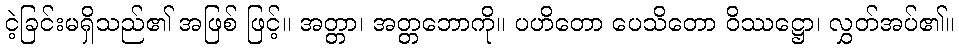
ငဲ့ခြင်းမရှိသည်၏ အဖြစ် ဖြင့်။ အတ္တာ၊ အတ္တဘောကို။ ပဟိတော ပေသိတော ဝိဿဋ္ဌော၊ လွှတ်အပ်၏။